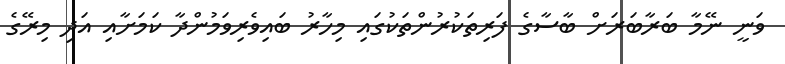
ވަނީ ނޭމާ ބަރާބަރަށް ބާސާގެ ފަރިތަކުރުންތަކުގައި މިހާރު ބައިވެރިވަމުންދާ ކަމަށާއި އަދި މިރޭގެ